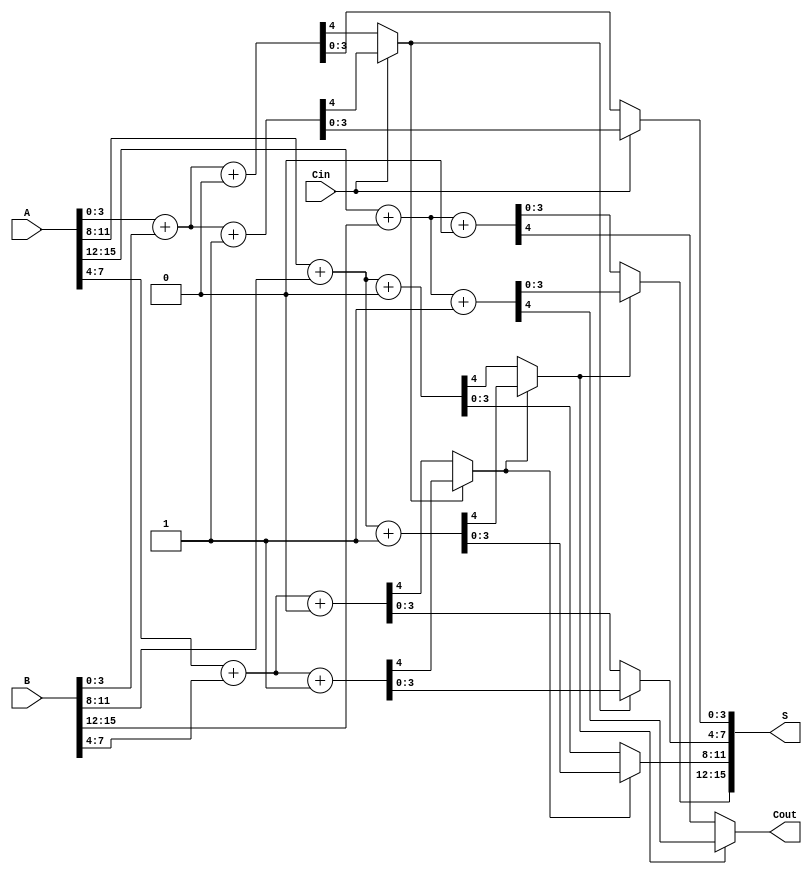
module conditional_carry_select_adder #(parameter N = 16,  // Total number of bits
                                        parameter K = 4)   // Block size
(
    input  [N-1:0] A,      // First n-bit input
    input  [N-1:0] B,      // Second n-bit input
    input  Cin,            // Carry-in
    output [N-1:0] S,      // n-bit sum output
    output Cout            // Carry-out
);

    localparam NUM_BLOCKS = N / K; // Calculate number of blocks
    wire [K-1:0] S0 [NUM_BLOCKS-1:0]; // Sums for Cin=0
    wire [K-1:0] S1 [NUM_BLOCKS-1:0]; // Sums for Cin=1
    wire Cout0 [NUM_BLOCKS-1:0];      // Carries for Cin=0
    wire Cout1 [NUM_BLOCKS-1:0];      // Carries for Cin=1
    wire [NUM_BLOCKS-1:0] block_cin;  // Carry-in for blocks

    // Generate previous block carry-in
    assign block_cin[0] = Cin;

    genvar i;
    generate
        for (i = 0; i < NUM_BLOCKS; i = i + 1) begin : adder_block
            // Calculate sum and carry assuming Cin=0
            assign {Cout0[i], S0[i]} = A[i*K +: K] + B[i*K +: K] + 1'b0; // Cin = 0
            // Calculate sum and carry assuming Cin=1
            assign {Cout1[i], S1[i]} = A[i*K +: K] + B[i*K +: K] + 1'b1; // Cin = 1

            // Determine carry-in for next block
            if (i < NUM_BLOCKS - 1) begin
                assign block_cin[i + 1] = block_cin[i] ? Cout1[i] : Cout0[i];
            end

        end
    endgenerate

    // Final output selection using MUX
    genvar j;
    generate
        for (j = 0; j < NUM_BLOCKS; j = j + 1) begin : mux_block
            assign S[j*K +: K] = block_cin[j] ? S1[j] : S0[j];

            // Final carry-out will be the carry of the last block
            if(j == NUM_BLOCKS - 1) begin
                assign Cout = block_cin[j] ? Cout1[j] : Cout0[j];
            end
        end
    endgenerate
    
endmodule